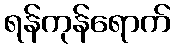
ရန်ကုန်ရောက်